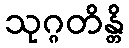
သုဂ္ဂတိန္တိ